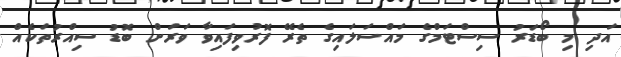
އަދި މި ބޯޑަރު ސިސްޓަމްގެ މައްސަލައިގެ ތެރޭ ފޮރުވިފައިވާ ވަރަށް ބޮޑު ސިއްރުތަކެއް